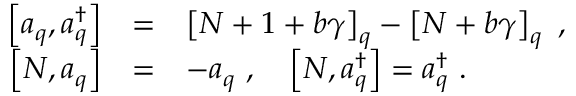
\begin{array} { r c l } { { \displaystyle \left[ a _ { q } , a _ { q } ^ { \dagger } \right] } } & { { = } } & { { \left[ N + 1 + b \gamma \right] _ { q } - \left[ N + b \gamma \right] _ { q } ~ , } } \\ { { \displaystyle \left[ N , a _ { q } \right] } } & { { = } } & { { - a _ { q } ~ , ~ ~ ~ \displaystyle \left[ N , a _ { q } ^ { \dagger } \right] = a _ { q } ^ { \dagger } ~ . } } \end{array}